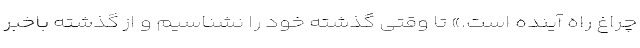
چراغ راه آینده است.» تا وقتی گذشته خود را نشناسیم و از گذشته باخبر